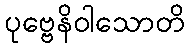
ပုဗ္ဗေနိဝါသောတိ